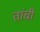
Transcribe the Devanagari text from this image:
तांची